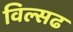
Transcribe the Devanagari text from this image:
विल्सढ